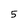
Character: 5